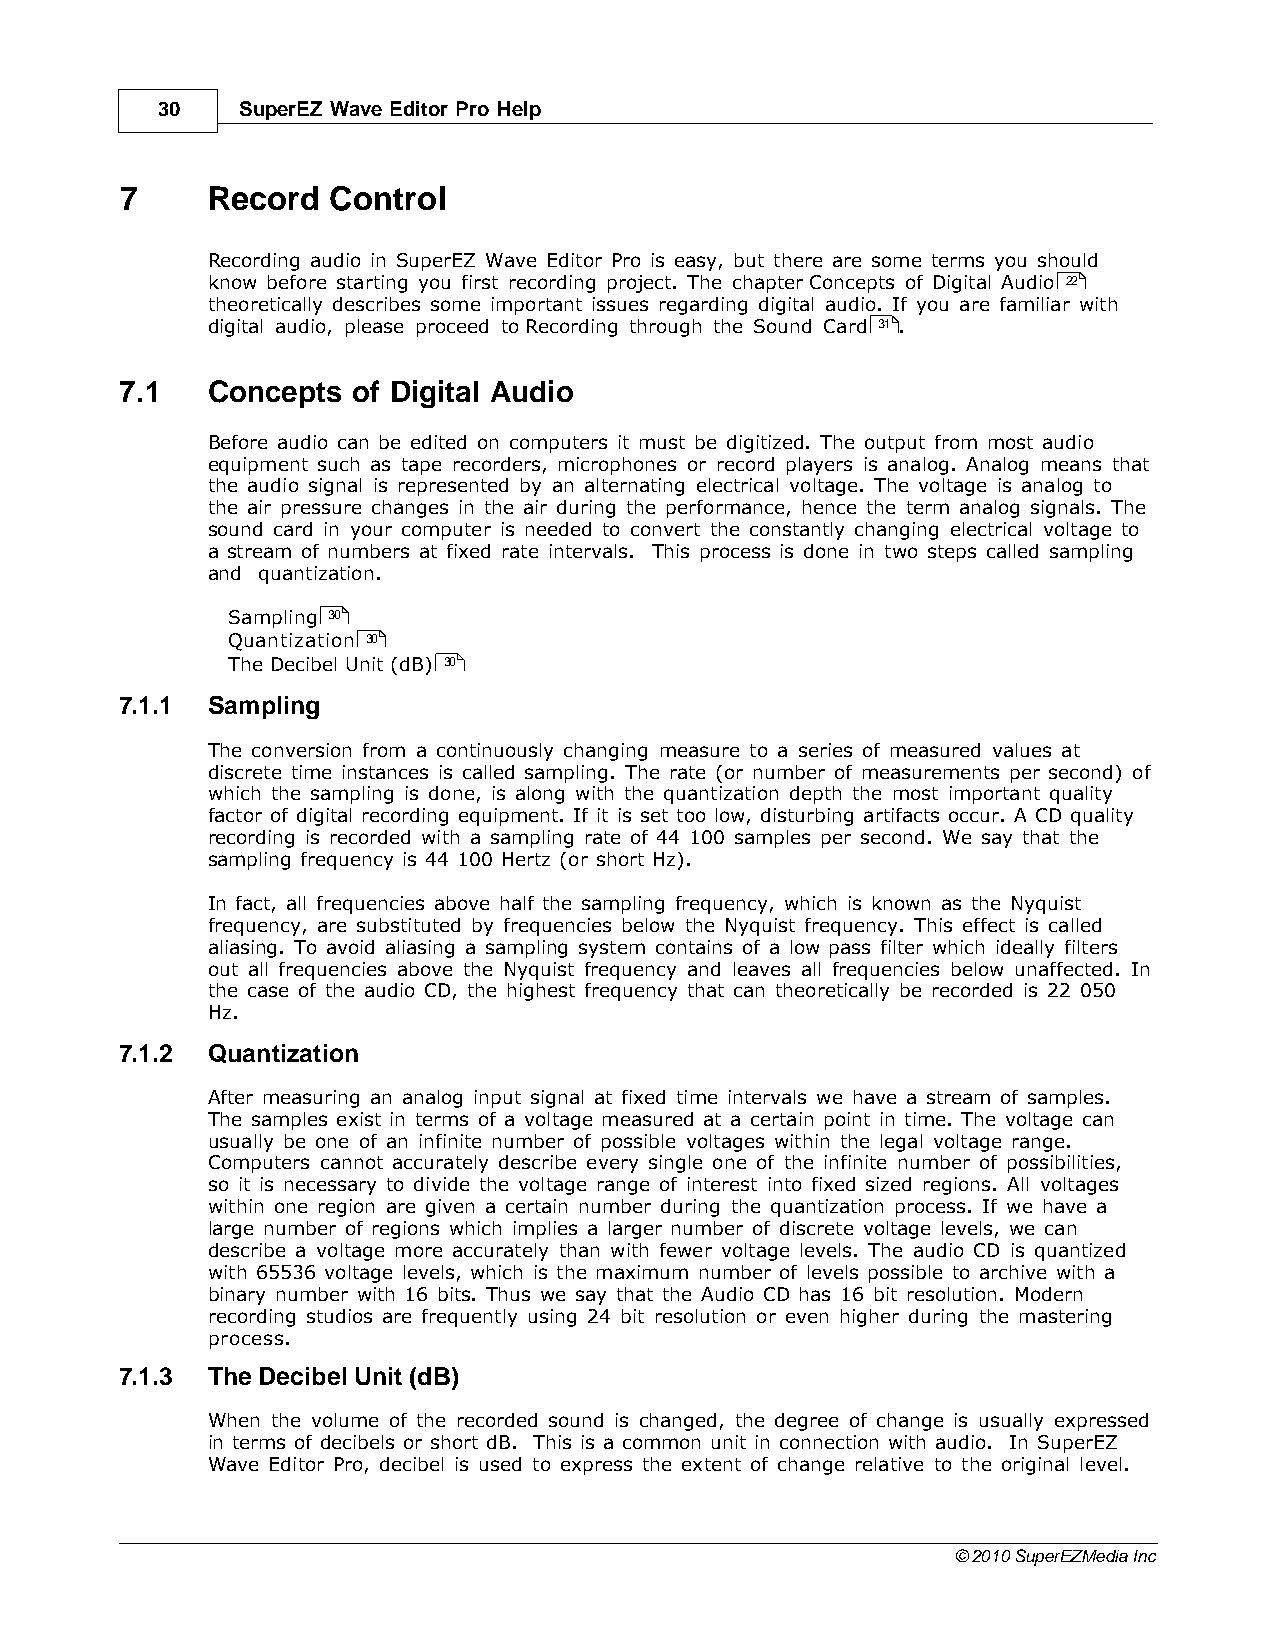
30    SuperEZ Wave Editor Pro Help
 7     Record  Control
 Recording audio in SuperEZ Wave Editor Pro is easy, but there are some terms you should
 know before starting you first recording project. The chapter Concepts of Digital Audio 22
 theoretically describes some important issues regarding digital audio. If you are familiar with
 digital audio, please proceed to Recording through the Sound Card 31 .
 7.1   Concepts of Digital Audio
 Before audio can be edited on computers it must be digitized. The output from most audio
 equipment such as tape recorders, microphones or record players is analog. Analog means that
 the audio signal is represented by an alternating electrical voltage. The voltage is analog to
 the air pressure changes in the air during the performance, hence the term analog signals. The
 sound card in your computer is needed to convert the constantly changing electrical voltage to
 a stream of numbers at fixed rate intervals. This process is done in two steps called sampling
 and quantization.
 Sampling 30
 Quantization 30
 The Decibel Unit (dB) 30
 7.1.1 Sampling
 The conversion from a continuously changing measure to a series of measured values at
 discrete time instances is called sampling. The rate (or number of measurements per second) of
 which the sampling is done, is along with the quantization depth the most important quality
 factor of digital recording equipment. If it is set too low, disturbing artifacts occur. A CD quality
 recording is recorded with a sampling rate of 44 100 samples per second. We say that the
 sampling frequency is 44 100 Hertz (or short Hz).
 In fact, all frequencies above half the sampling frequency, which is known as the Nyquist
 frequency, are substituted by frequencies below the Nyquist frequency. This effect is called
 aliasing. To avoid aliasing a sampling system contains of a low pass filter which ideally filters
 out all frequencies above the Nyquist frequency and leaves all frequencies below unaffected. In
 the case of the audio CD, the highest frequency that can theoretically be recorded is 22 050
 Hz.
 7.1.2 Quantization
 After measuring an analog input signal at fixed time intervals we have a stream of samples.
 The samples exist in terms of a voltage measured at a certain point in time. The voltage can
 usually be one of an infinite number of possible voltages within the legal voltage range.
 Computers cannot accurately describe every single one of the infinite number of possibilities,
 so it is necessary to divide the voltage range of interest into fixed sized regions. All voltages
 within one region are given a certain number during the quantization process. If we have a
 large number of regions which implies a larger number of discrete voltage levels, we can
 describe a voltage more accurately than with fewer voltage levels. The audio CD is quantized
 with 65536 voltage levels, which is the maximum number of levels possible to archive with a
 binary number with 16 bits. Thus we say that the Audio CD has 16 bit resolution. Modern
 recording studios are frequently using 24 bit resolution or even higher during the mastering
 process.
 7.1.3 The Decibel Unit (dB)
 When the volume of the recorded sound is changed, the degree of change is usually expressed
 in terms of decibels or short dB. This is a common unit in connection with audio. In SuperEZ
 Wave Editor Pro, decibel is used to express the extent of change relative to the original level.
 © 2010 SuperEZMedia Inc